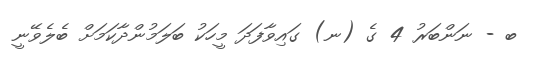
ބ - ނަންބަރު 4 ގެ (ނ) ގައިވާފަދަ މީހަކު ބަލަމުންދާކަމަށް ބެލެވޭނީ